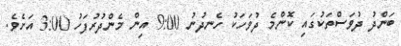
ބަންދު ދުވަސްތަކުގައި ކޮންމެ ދުވަހަކު ހެނދުނު 9:00 އިން މެންދުރުފަހު 3:00 އަށެވެ.